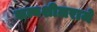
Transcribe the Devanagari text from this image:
सत्यशीलराजे